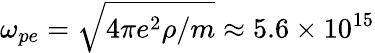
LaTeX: \omega_{pe}=\sqrt{4\pi e^{2}\rho/m}\approx 5.6\times 10^{15}